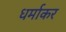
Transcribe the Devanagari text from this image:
धर्माकर